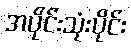
အပိုင်းသုံးပိုင်း